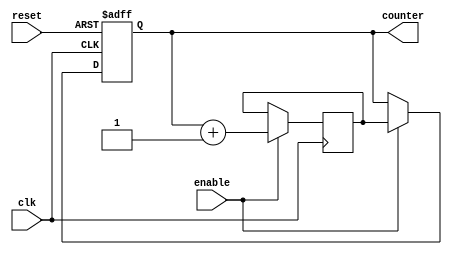
module ripple_counter_clk_divider(
    input wire clk,
    input wire reset,
    input wire enable,
    output reg [N-1:0] counter
);

// Parameter for number of bits in the counter
parameter N = 8;

// Internal signals
reg [N-1:0] next_counter;

// Asynchronous reset
always @(posedge clk or posedge reset)
begin
    if (reset)
        counter <= 0;
    else if (enable)
        counter <= next_counter;
end

// Synchronous counter increment
always @(posedge clk)
begin
    if (enable)
        next_counter <= counter + 1;
end

endmodule